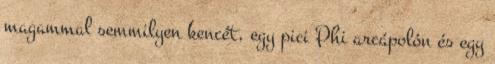
magammal semmilyen kencét, egy pici Phi arcápolón és egy